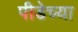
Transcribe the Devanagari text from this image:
पीडेच्या